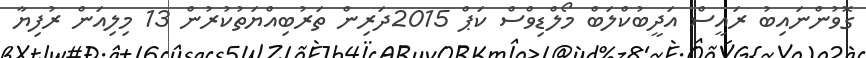
ގޮވުންނައިބު ރައީސް އަދީބުކްލަބް މޯލްޑިވްސް ކަޕް 2015ދަރިން ތަރުބިއްޔަތުކުރުން 13 މިލިއަން ރުފިޔާ